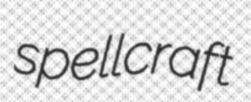
spellcraft